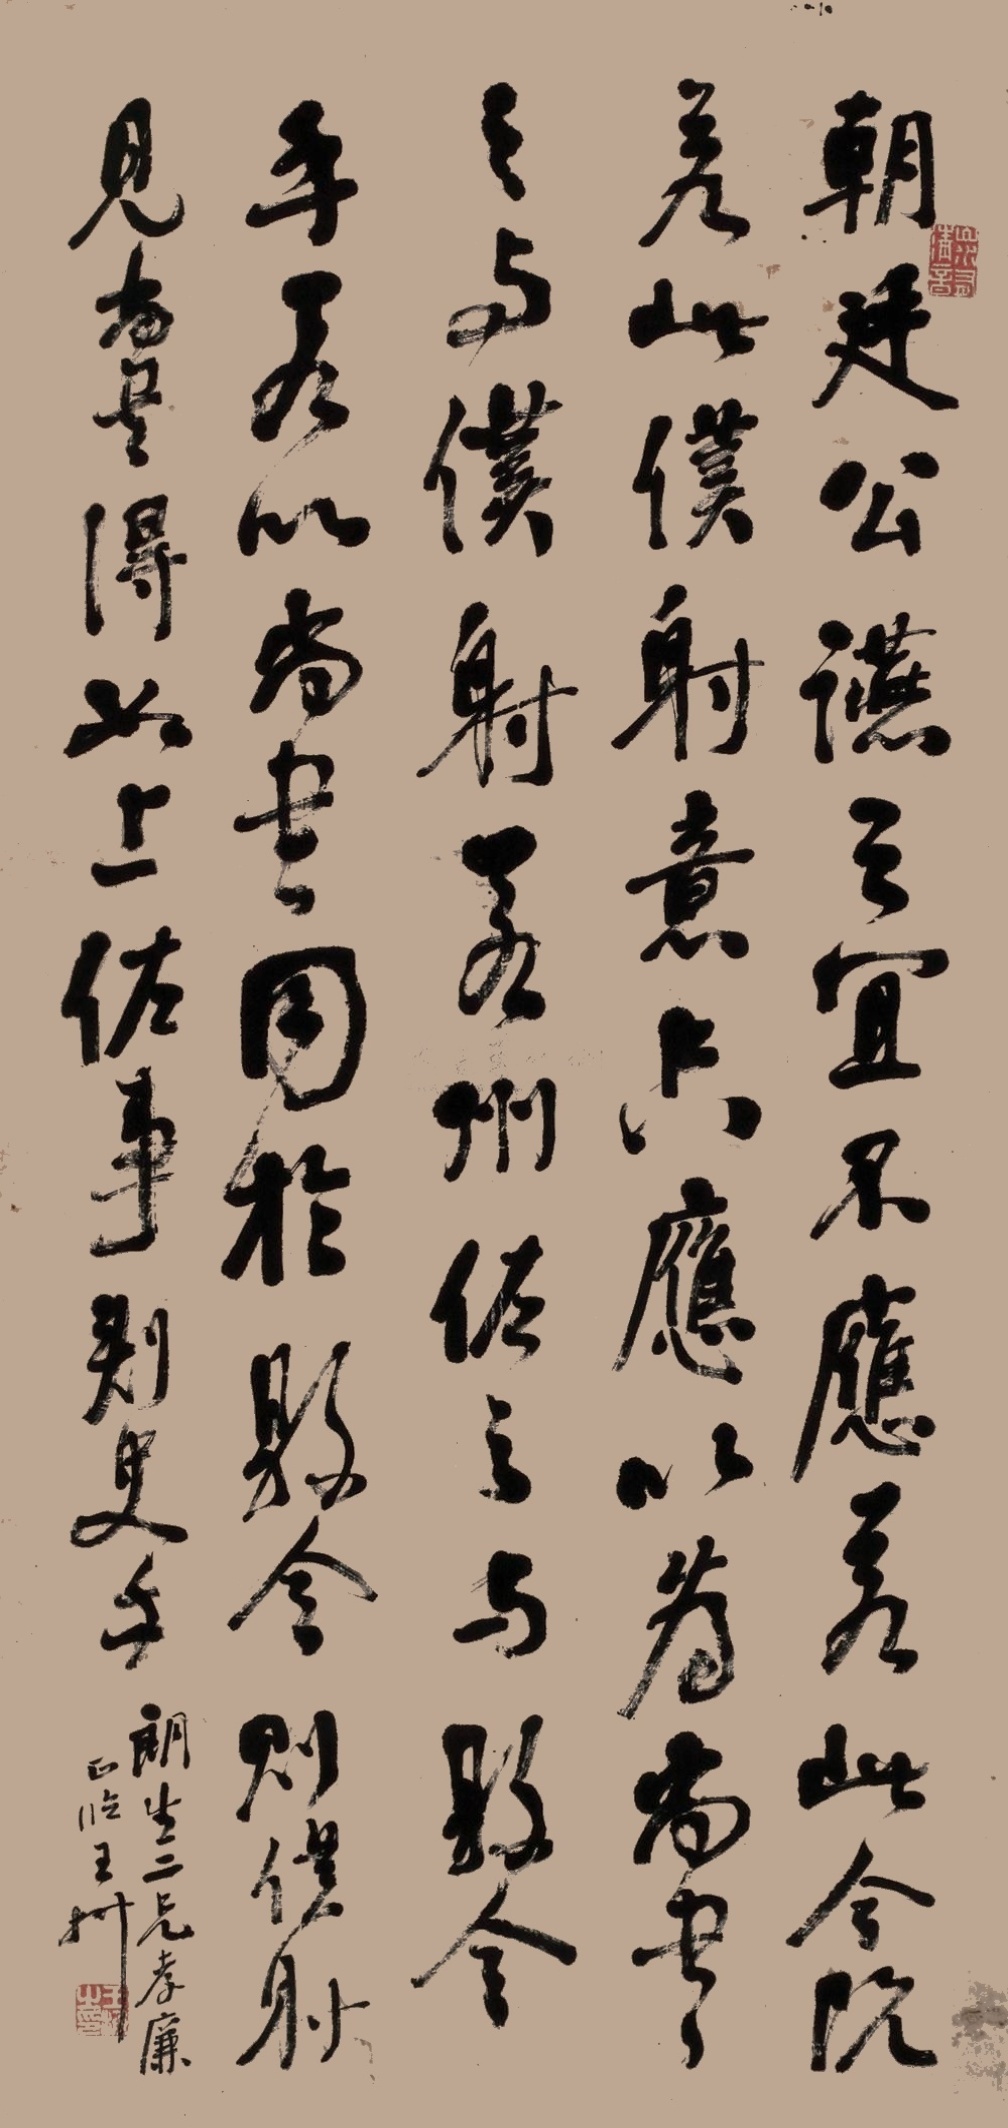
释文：朝廷公燕之宜，不应若此。今既若此，仆射意只应以为尚书之于仆射，若州佐之与县令乎？若以尚书同于县令，则仆射见尚书，得如上佐事刺使乎？朗生二兄孝廉正临，王拯。